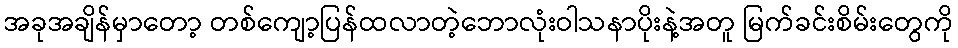
အခုအချိန်မှာတော့ တစ်ကျော့ပြန်ထလာတဲ့ဘောလုံးဝါသနာပိုးနဲ့အတူ မြက်ခင်းစိမ်းတွေကို